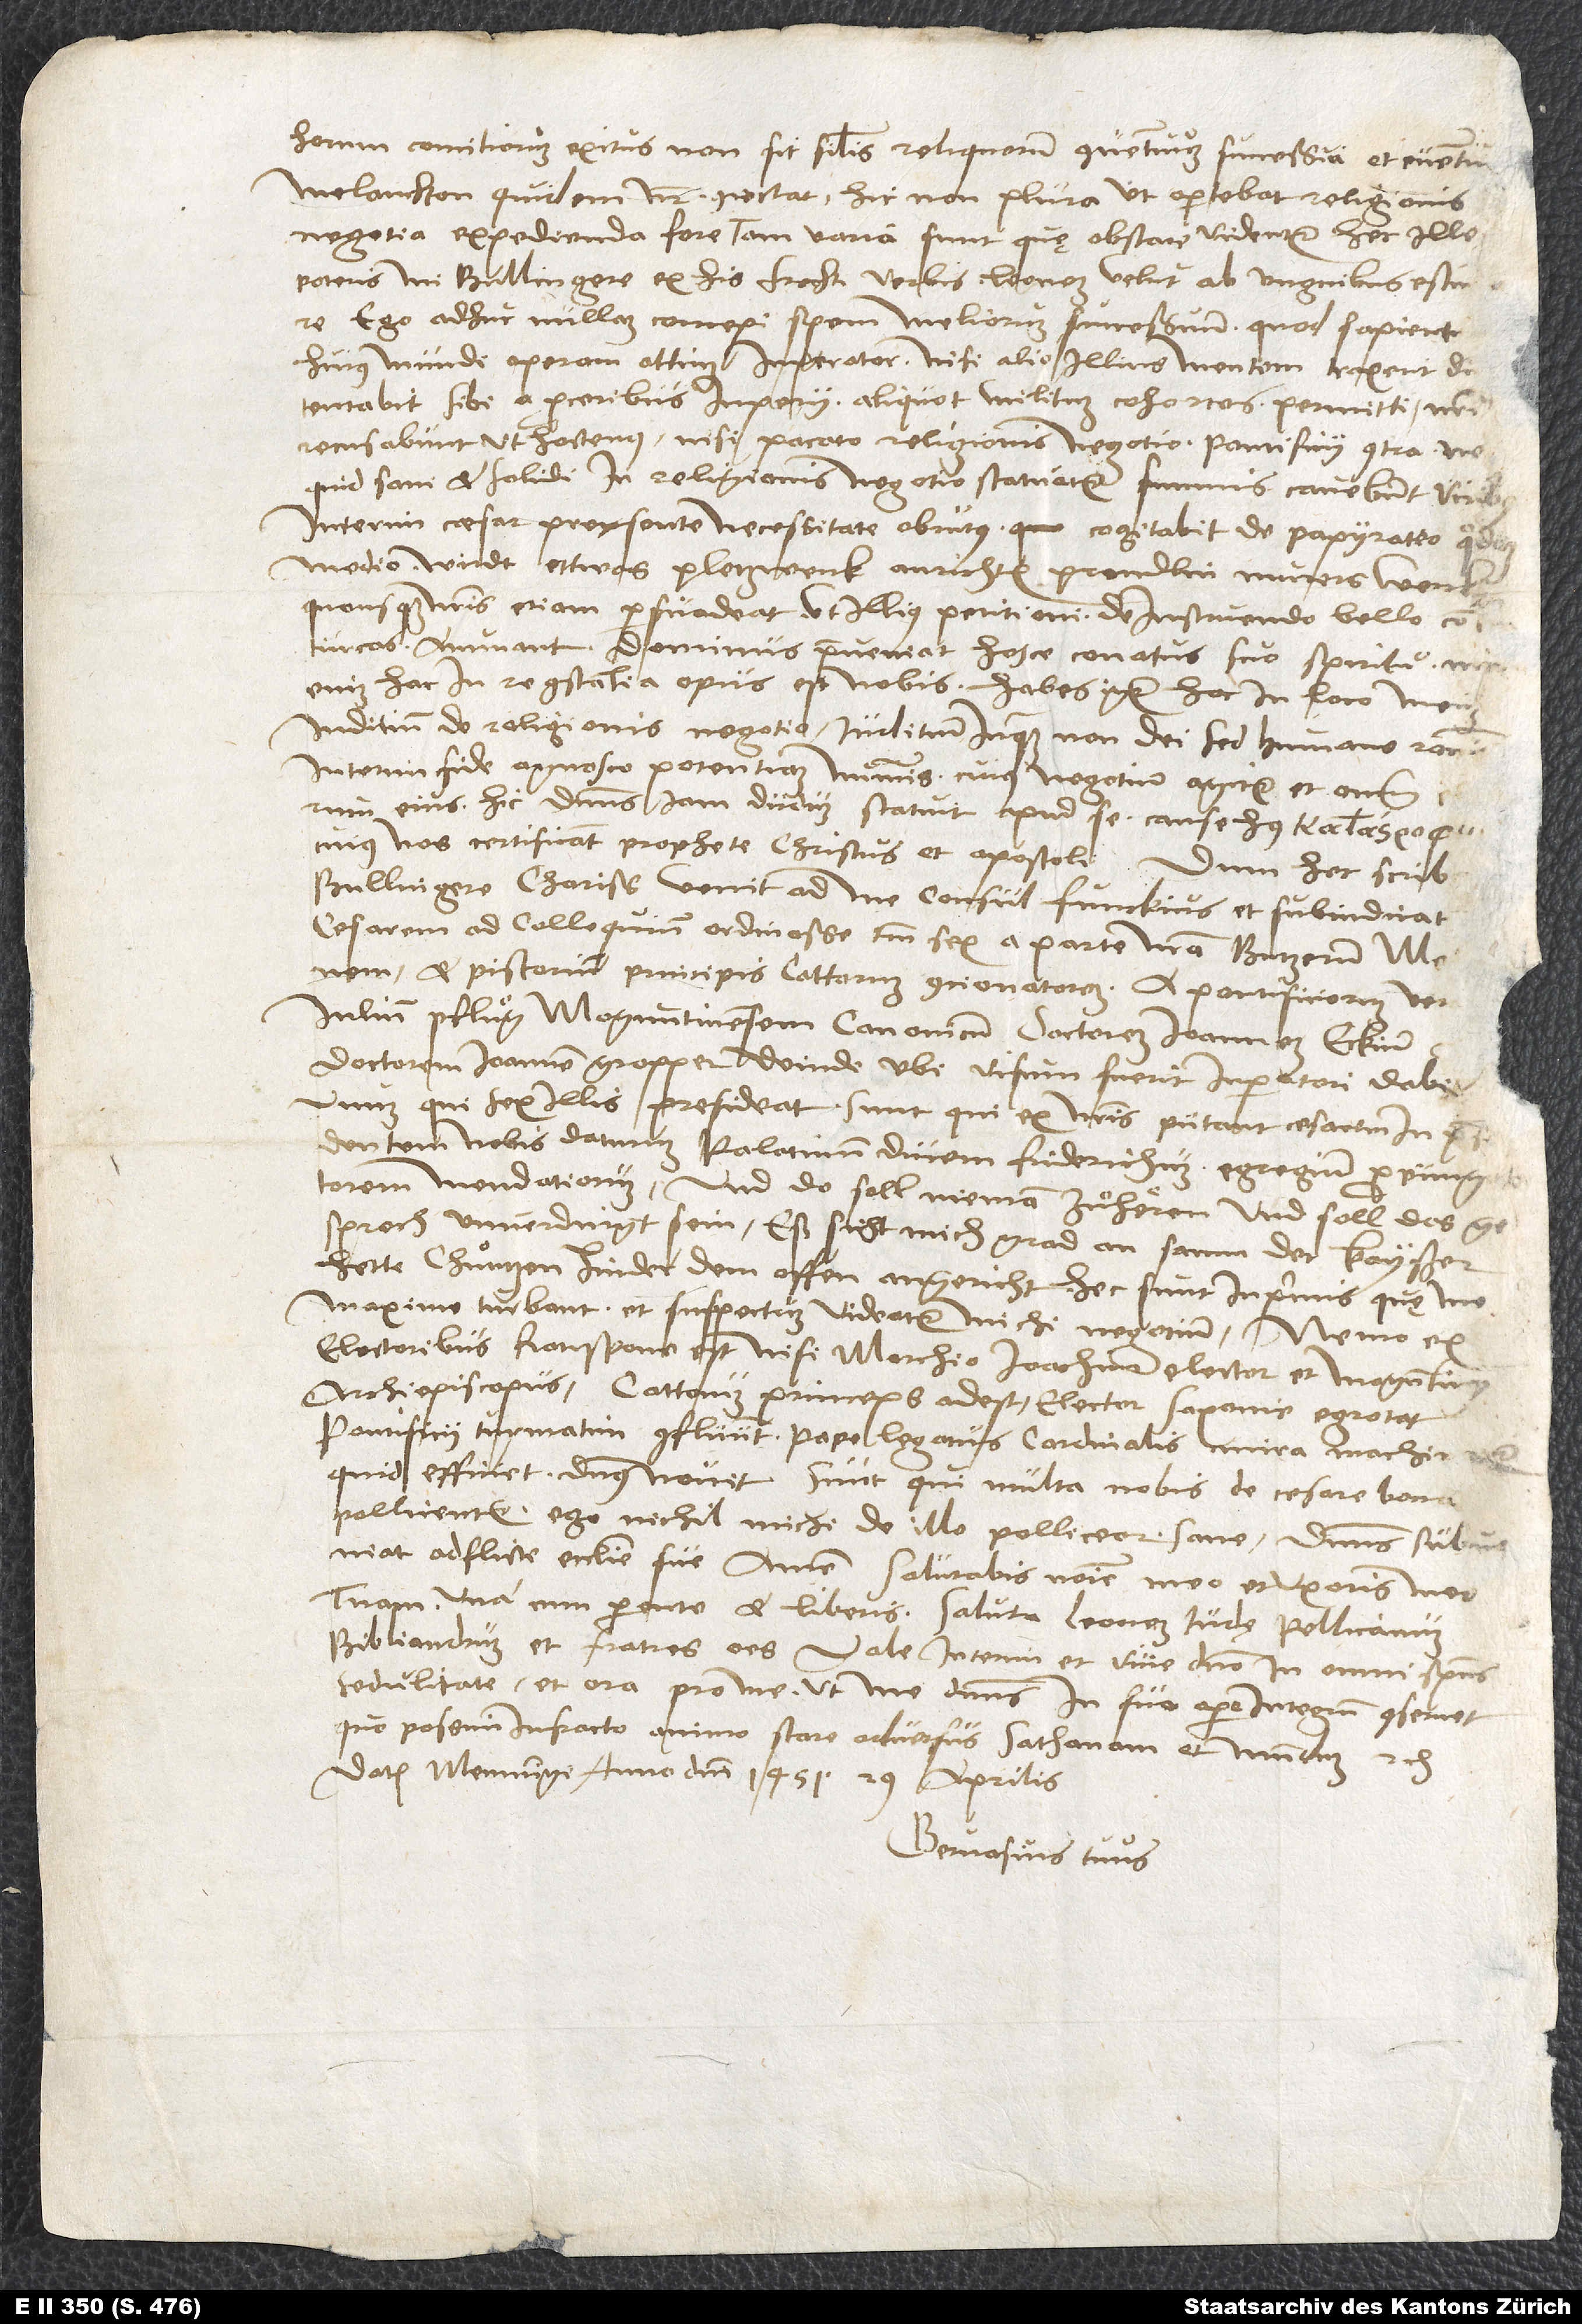
horum comitiorum exitus non sit similis reliquorum conventuum successui et eventui!
Melanchton quidem noster coniectat hic non plura, ut oportebat, religionis
negotia expedienda fore; tam varia sunt, quę obstare videntur.“ Hec ille.
Poteris, mi Bullingere, ex his Frechti verbis leonem velut ab unguibus estimare.
Ego adhuc nullam concepi spem meliorum successuum, quod sapientrum
eius. Hic dominus iam dudum statuit apud se cause huius ,
cuius nos certificant prophete, Christus et apostoli. Dum hec scribo,
Bullingere charissime, venit ad me consul Funckius et subindicat
cesarem ad colloquium ordinasse tantum sex, a parte nostra Butzerum, Melan
Iulium Pfluͦg, Moguntinensem canonicum, doctorem Ioannem Eckium
doctorem Ioannem Gropper. Deinde, ubi visum fuerit imperatori, dabit
unum, qui sex illis presideat. Sunt, qui ex nostris putent cesarem in praesidentem
nobis daturum Palatinum ducem Friderichum, egregium propugnatorem
mendatiorum. Und do soll nieman zhuͦhören, und soll das
gesprech unverdingt sein. Eß sicht mich grad an, samm der kaißer
hette Chuͦntzen hinder dem offen angericht. Hec sunt inprimis, quę me
maxime turbant, et suspectum videatur michi negocium. Nemo ex
electoribus Ratispone est nisi marchio Ioachim elector et Moguntinus
archiepiscopus. Cattorum princeps adest; elector Saxonie egrotat.
Pontificii turmatim confluunt. Pape legatus cardinalis mira machinatur;
quid efficiet, dominus novit. Sunt, qui multa nobis de cesare bona
pollicentur; ego nichil michi de illo polliceor sane. Dominus subveniat
adflicte ecclesie sue. Amen. Salutabis nomine meo et uxoris mee
Bibliandrum et fratres omnes. Vale interim et vive domino in omni spiritus
sedulitate et ora pro me, ut me dominus in suo opere integrum conservet,
quo possim infracto animo stare adversus sathanam et mundum etc.
Datum Memminge, anno domini 1541, 29. aprilis.
Gervasius tuus.